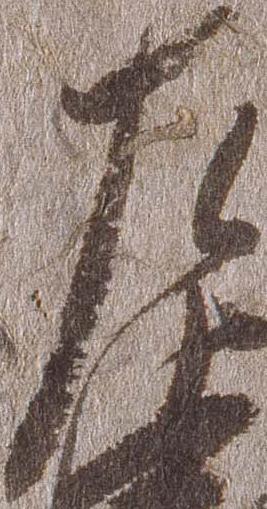
左